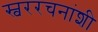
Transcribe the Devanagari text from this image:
स्वररचनांशी